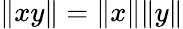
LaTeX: \| xy\| =\| x\| \| y\|